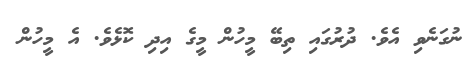
ނުގަނެވި އެވެ. ދުރުގައި ތިބޭ މީހުން މީގެ އިދި ކޮޅެވެ. އެ މީހުން